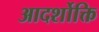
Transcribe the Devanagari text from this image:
आदर्शोक्ति